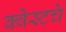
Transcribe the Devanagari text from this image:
क्वेस्टचे